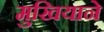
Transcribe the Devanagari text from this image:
मुखियाने